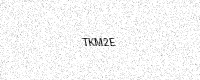
Text: TKM2E